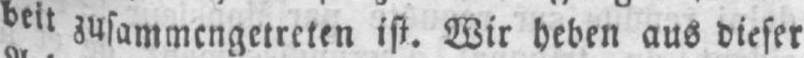
beit zusammengetreten ist. Wir heben aus dieser